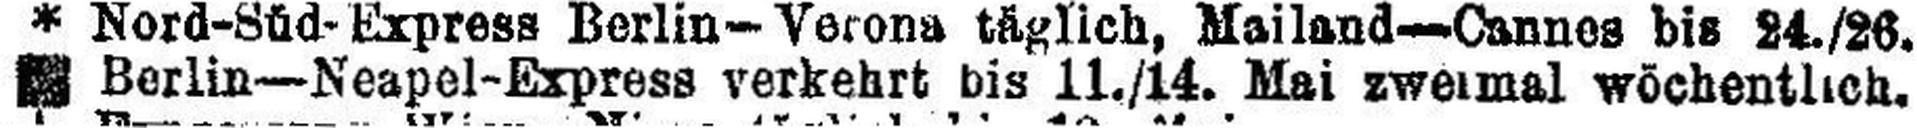
### Berlin-Neapel-Express verkehrt bis 11./14. Mai zweimal wöchentlich.